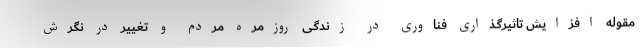
مقوله افزایش تاثیرگذاری فناوری در زندگی روزمره مردم و تغییر در نگرش